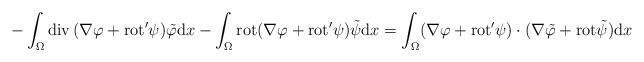
\begin{align*}-\int_{\Omega} \mathrm{div}\, (\nabla \varphi + \mathrm{rot}' \psi) \tilde{\varphi} \mathrm{d}x-\int_{\Omega} \mathrm{rot} (\nabla \varphi + \mathrm{rot}' \psi) \tilde{\psi} \mathrm{d}x =\int_{\Omega} (\nabla \varphi + \mathrm{rot}' \psi) \cdot (\nabla \tilde{\varphi} + \mathrm{rot} \tilde{\psi}) \mathrm{d}x \end{align*}